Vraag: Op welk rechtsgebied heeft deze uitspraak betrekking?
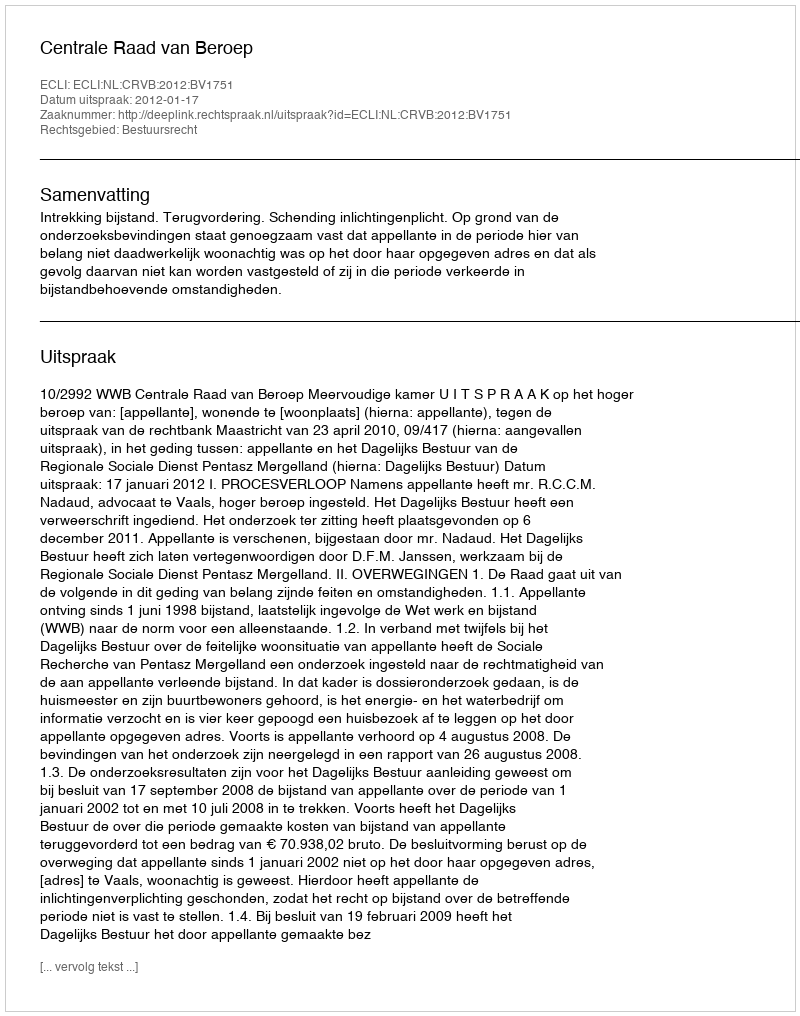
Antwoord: Bestuursrecht